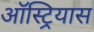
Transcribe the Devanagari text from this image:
ऑस्ट्रियास